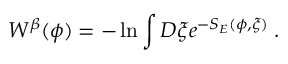
W ^ { \beta } ( \phi ) = - \ln \int D \xi e ^ { - S _ { E } ( \phi , \xi ) } \: .